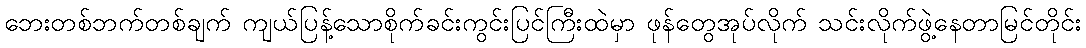
ဘေးတစ်ဘက်တစ်ချက် ကျယ်ပြန့်သောစိုက်ခင်းကွင်းပြင်ကြီးထဲမှာ ဖုန်တွေအုပ်လိုက် သင်းလိုက်ဖွဲ့နေတာမြင်တိုင်း